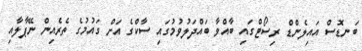
ބަނޑޮސް އައިލެންޑް ރިސޯޓްގައި ބާއްވާ ބައްދަލުވުމުގައި ސާކްގެ އަށް ގައުމުގެ ތެރެއިން ނޭޕާލާއި